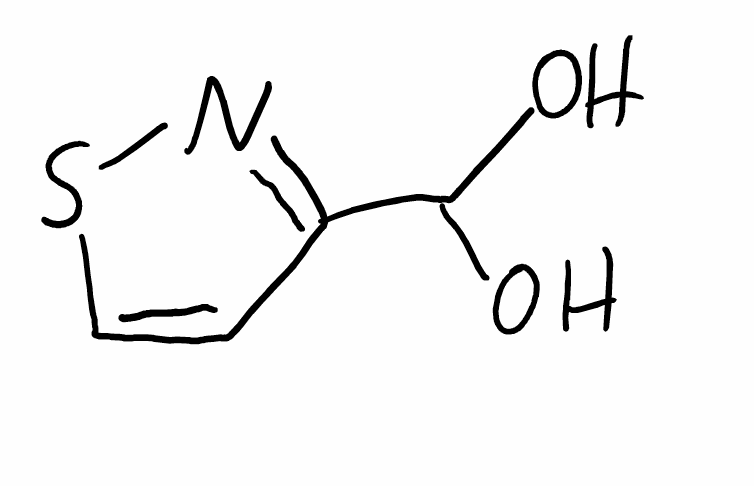
Simplified molecular-input line-entry system (SMILES) notation of the given molecule:
C1=CSN=C1C(O)O